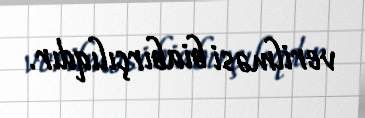
verilməsi biabırçılıqdır.